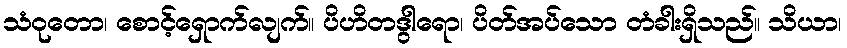
သံဝုတော၊ စောင့်ရှောက်လျက်။ ပိဟိတဒွါရော၊ ပိတ်အပ်သော တံခါးရှိသည်။ သိယာ၊